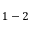
1 - 2